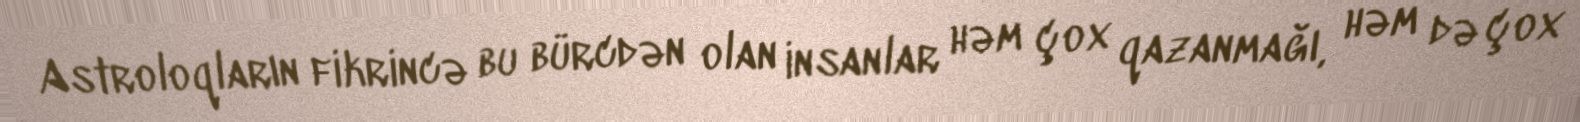
Astroloqların fikrincə bu bürcdən olan insanlar həm çox qazanmağı, həm də çox